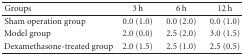
| Groups | 3 h | 6 h | 12 h |
 | --- | --- | --- | --- |
 | Sham operation group | 0.0 (1.0) | 0.0 (2.0) | 0.0 (1.0) |
 | Model group | 2.0 (0.0) | 2.5 (2.0) | 3.0 (1.5) |
 | Dexamethasone-treated group | 2.0 (1.5) | 2.5 (1.0) | 2.5 (0.5) |